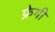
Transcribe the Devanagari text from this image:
फ्रेगी